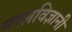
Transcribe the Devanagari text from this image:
नस्लविज्ञानी